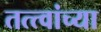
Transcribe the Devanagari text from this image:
तत्‍त्वांच्या